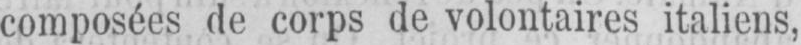
composées de corps de volontaires italiens,